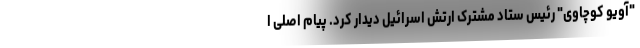
"آویو کوچاوی" رئیس ستاد مشترک ارتش اسرائیل دیدار کرد. پیام اصلی ا